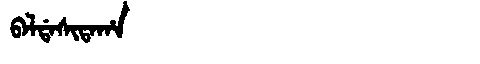
Manchu: ᠪᠠᠯᡩᠠᠰᡳᡨᠠᡥᠠ
Romanization: BALDASITAHA